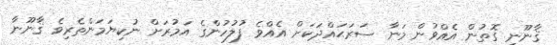
ޤާނޫނީ ގޮތުން އެއްވުން މަނާ ސަރަޙައްދަކަށް އެއްވެ ފުލުހުންގެ އަމުރަށް ނުކިޔަމަންތެރިވެ ޤާނޫނާ